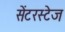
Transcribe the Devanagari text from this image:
सेंटरस्टेज